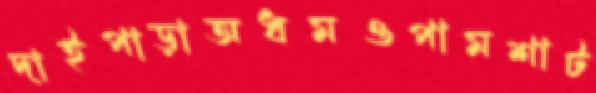
দাইপাড়াঅধমওপামশাট